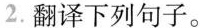
2.翻译下列句子。